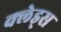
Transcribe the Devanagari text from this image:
क्लेड्स